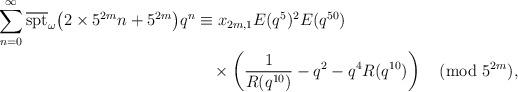
LaTeX: \begin{align*}\sum_{n=0}^\infty\overline{\textrm{spt}}_\omega{\left(2\times5^{2m}n+5^{2m}\right)}q^n &\equiv x_{2m,1}E(q^5)^2E(q^{50})\\ &\quad\times\left(\dfrac{1}{R(q^{10})}-q^2-q^4R(q^{10})\right)\pmod{5^{2m}},\end{align*}